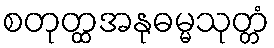
စတုတ္ထအနုဓမ္မသုတ္တံ